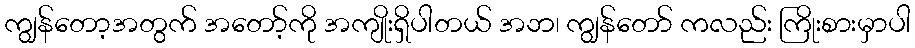
ကျွန်တော့အတွက် အတော့်ကို အကျိုးရှိပါတယ် အဘ၊ ကျွန်တော် ကလည်း ကြိုးစားမှာပါ